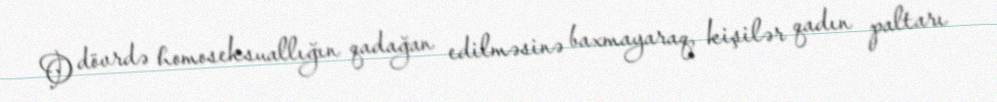
O dövrdə homoseksuallığın qadağan edilməsinə baxmayaraq, kişilər qadın paltarı